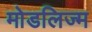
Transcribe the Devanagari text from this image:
मोडलिज्म